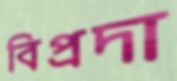
বিপ্রদা